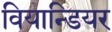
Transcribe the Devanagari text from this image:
वियान्डियर